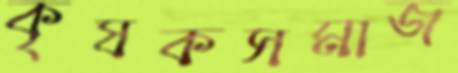
কৃষকসমাজ